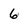
Character: 6